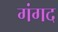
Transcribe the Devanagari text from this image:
गंगद